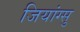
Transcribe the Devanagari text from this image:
जियांग्सु